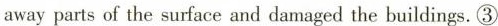
awayparts of the surface and damaged the buildings.③